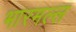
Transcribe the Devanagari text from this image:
भारमल्ल